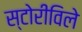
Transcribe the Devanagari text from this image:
स्टोरीविले